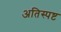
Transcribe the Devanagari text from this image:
अतिस्पष्ट